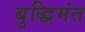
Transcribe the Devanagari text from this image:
बुद्धिमंत